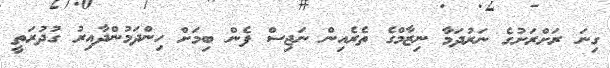
ގިނަ ރަށްރަށުގެ ނަރުދަމާ ނިޒާމްގެ ތެރެއިން ނަޖިސް ފެން ބިމަށް ހިންދަމުންދާއިރު ގުދުރަތީ